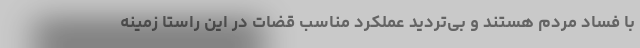
با فساد مردم هستند و بی‌تردید عملکرد مناسب قضات در این راستا زمینه